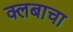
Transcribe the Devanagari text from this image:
क्लबाचा